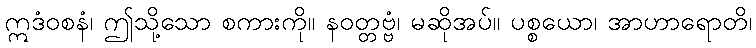
ဣဒံဝစနံ၊ ဤသို့သော စကားကို။ နဝတ္တဗ္ဗံ၊ မဆိုအပ်။ ပစ္စယော၊ အာဟာရောတိ၊